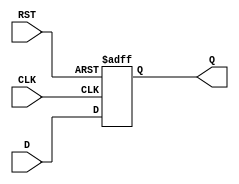
module IntermediateRegister (
    input wire [WIDTH-1:0] D,   // Data input
    input wire CLK,              // Clock input
    input wire RST,              // Asynchronous reset
    output reg [WIDTH-1:0] Q     // Data output
);
    parameter WIDTH = 8;         // Define the width of the register (can be adjusted)

    // Asynchronous reset and clocked behavior
    always @(posedge CLK or posedge RST) begin
        if (RST) begin
            Q <= {WIDTH{1'b0}};   // Clear the register to zero
        end else begin
            Q <= D;               // Capture the data input on the rising edge of the clock
        end
    end
endmodule